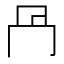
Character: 冎